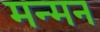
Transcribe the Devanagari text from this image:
मन्मन